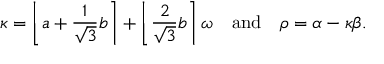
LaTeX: \kappa = \left\lfloor a + { \frac { 1 } { \sqrt { 3 } } } b \right\rceil + \left\lfloor { \frac { 2 } { \sqrt { 3 } } } b \right\rceil \omega \ \ { \mathrm { ~ a n d ~ } } \ \ \rho = { \alpha } - \kappa \beta .